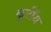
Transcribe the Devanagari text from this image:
कूर्टॉय